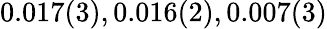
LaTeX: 0.017(3),0.016(2),0.007(3)